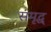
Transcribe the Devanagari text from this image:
संमृद्ध्